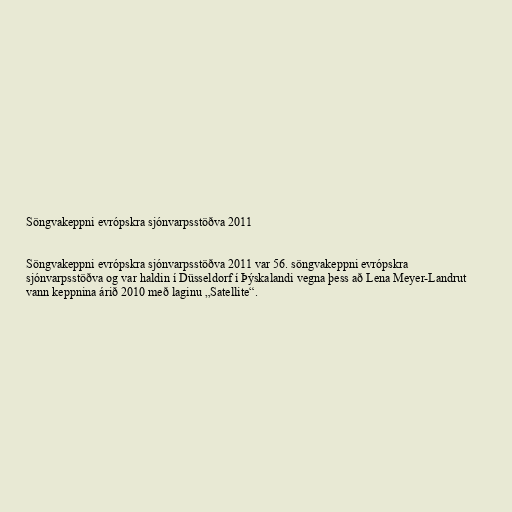
Söngvakeppni evrópskra sjónvarpsstöðva 2011

Söngvakeppni evrópskra sjónvarpsstöðva 2011 var 56. söngvakeppni evrópskra
sjónvarpsstöðva og var haldin í Düsseldorf í Þýskalandi vegna þess að Lena Meyer-Landrut
vann keppnina árið 2010 með laginu „Satellite“.